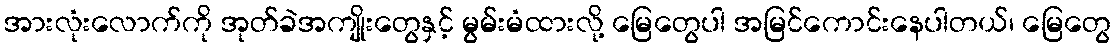
အားလုံးလောက်ကို အုတ်ခဲအကျိုးတွေနှင့် မွမ်းမံထားလို့ မြေတွေပါ အမြင်ကောင်းနေပါတယ်၊ မြေတွေ